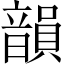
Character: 韻